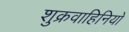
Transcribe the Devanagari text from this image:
शुक्रवाहिनियों